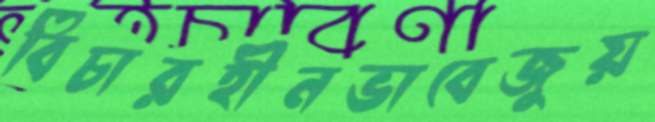
বিচারহীনভাবেজুয়